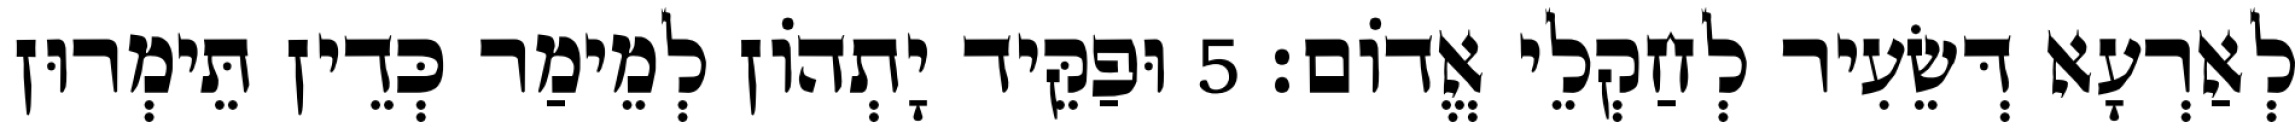
לְאַרְעָא דְּשֵׂעִיר לְחַקְלֵי אֱדוֹם׃ 5 וּפַקֵּיד יָתְהוֹן לְמֵימַר כְּדֵין תֵּימְרוּן